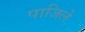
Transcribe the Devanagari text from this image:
पाजिले